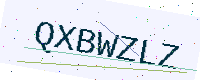
Text: QXBWZLZ